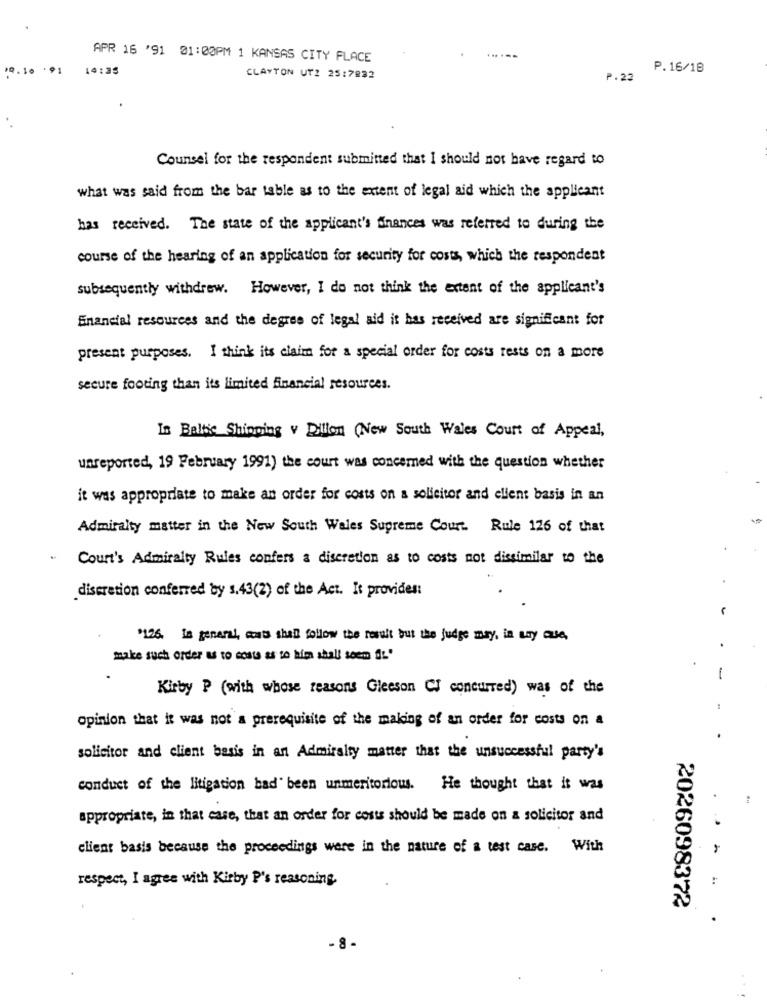
APR 16 '91 01:00PM 1 KANSAS CITY PLACE
14:35
P.16/18
CLAYTON UT2 25:7832
P.23
Counsel for the respondent submitted that I should not have regard to
what was said from the bar table as to the extent of legal aid which the applicant
has received. The state of the applicant's finances was referred to during the
course of the hearing of an application for security for costs, which the respondent
subsequently withdrew. However, I do not think the extent of the applicant's
Financial resources and the degree of legal aid it has received are significant for
present purposes. I think its claim for a special order for costs rests on a more
secure footing than its limited financial resources.
Is Baltic Shipping v Dillon (New South Wales Court of Appeal,
unreported, 19 February 1991) the court was concerned with the question whether
it was appropriate to make an order for costs on a solicitor and client basis in an
Admiralty matter in the New South Wales Supreme Court. Rule 126 of that
Court's Admiralty Rules confers a discretion as to costs not dissimilar to the
discretion conferred by s.43(2) of the Act. It provides:
.
$126. In general, aus shall follow the result but the judge may, in any case,
make such order us to costa as to him shall seem ft."
-
Kirby P (with whose reasons Gleeson Cf concurred) was of the
opinion that it was not a prerequisite of the making of an order for costs on a
solicitor and client basis in an Admiralty matter that the unsuccessful party's
conduct of the litigation had been ummeritorious. He thought that it was
appropriate, in that case, that an order for costs should be made on a solicitor and
client basis because the proceedings were in the nature of a test case. With
respect, I agree with Kirby P's reasoning.
2026098372
. 8-